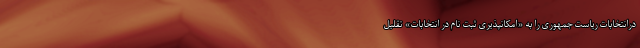
درانتخابات ریاست جمهوری را به «امکانپذیری ثبت نام در انتخابات» تقلیل